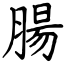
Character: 腸